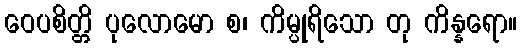
ဝေပစိတ္တိ ပုလောမော စ၊ ကိမ္ပုရိသော တု ကိန္နရော။